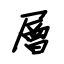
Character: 層